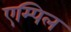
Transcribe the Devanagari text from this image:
एम्पिल